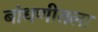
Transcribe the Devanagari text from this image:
बांधणीतला